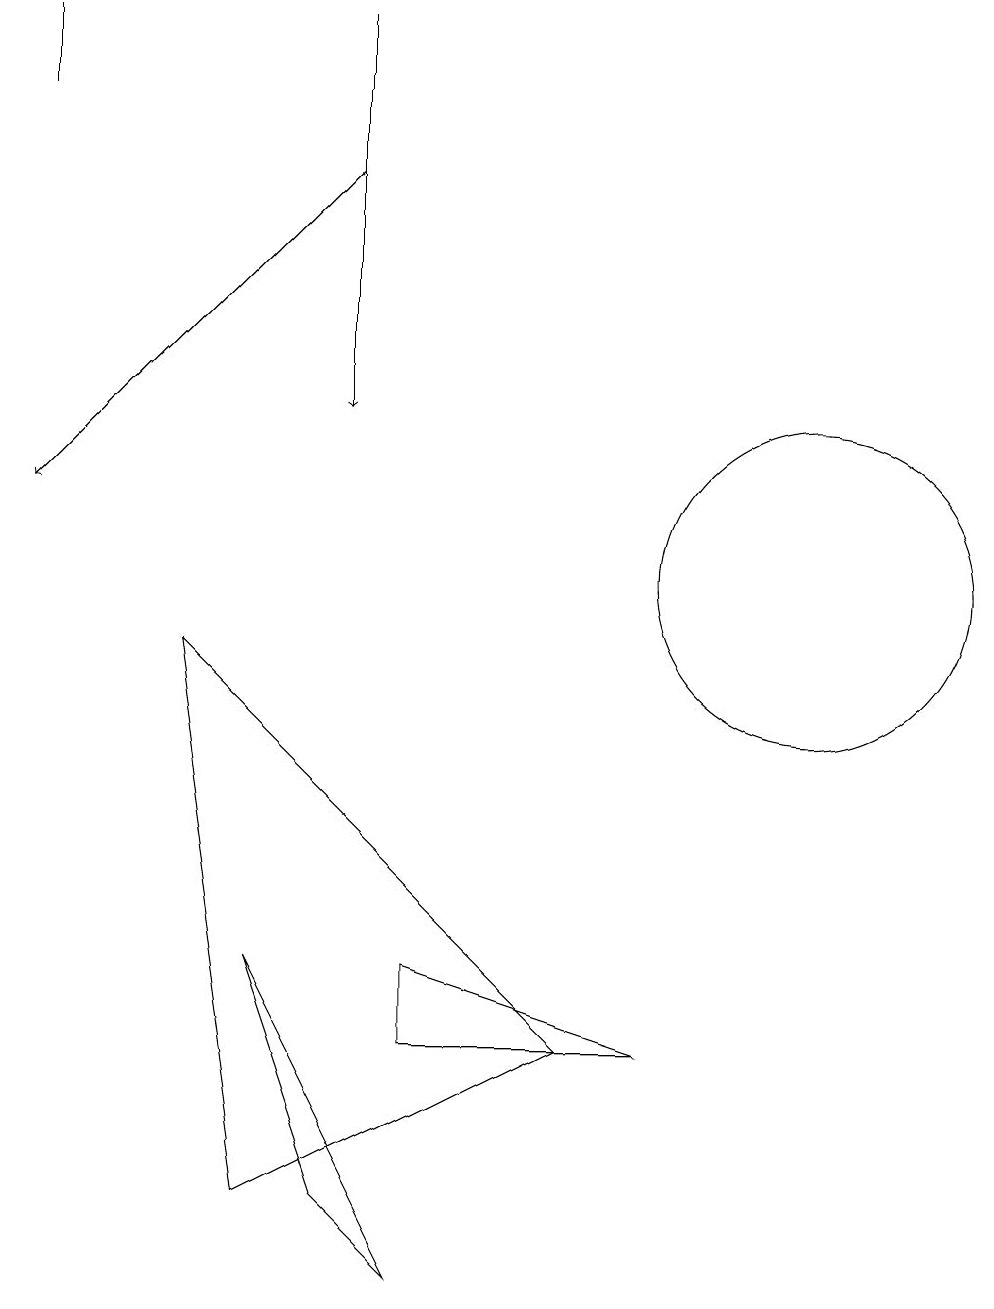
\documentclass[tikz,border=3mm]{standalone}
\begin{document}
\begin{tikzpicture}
\draw (10,10) circle (2);
\draw (5,1) -- (3,5) -- (4,2) -- cycle;
\draw (0,17) rectangle (0,16);
\draw (3,2) -- (2,9) -- (7,4) -- cycle;
\draw (5,4) -- (5,5) -- (8,4) -- cycle;
\draw[->] (4,15) -- (0,11);
\draw[->] (4,17) -- (4,12);
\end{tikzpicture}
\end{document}